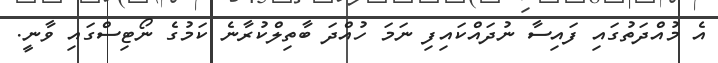
އެ މުއްދަތުގައި ފައިސާ ނުދައްކައިފި ނަމަ ހުއްދަ ބާތިލްކުރާނެ ކަމުގެ ނޯޓިސްގައި ވާނީ.